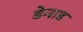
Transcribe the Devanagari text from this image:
डेनाड